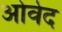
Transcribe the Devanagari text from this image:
ओवेद